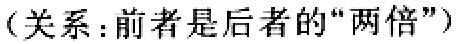
（关系：前者是后者的“两倍”）